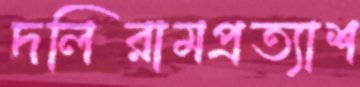
দলিরামপ্রত্যাশ